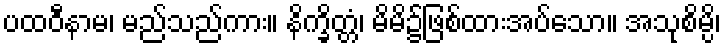
ပထဝီနာမ၊ မည်သည်ကား။ နိက္ခိတ္တံ၊ မိမိ၌ဖြစ်ထားအပ်သော။ အသုစိမ္ပိ၊